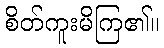
စိတ်ကူးမိကြ၏။